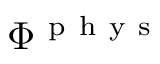
\Phi ^ { \mathrm { ~ p ~ h ~ y ~ s ~ } }